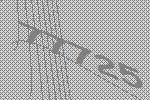
77725